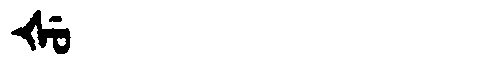
Manchu: ᡧᡠ
Romanization: ŠU